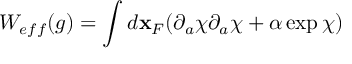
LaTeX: W _ { e f f } ( g ) = \int d { \bf x } _ { F } ( \partial _ { a } \chi \partial _ { a } \chi + \alpha \exp \chi )